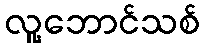
လူ့ဘောင်သစ်